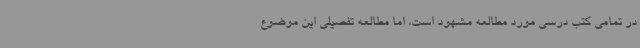
در تمامی کتب درسی مورد مطالعه مشهود است، اما مطالعه تفصیلی این موضوع